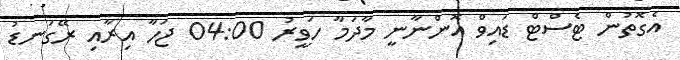
އެގޮތުން ޓެސްޓް ޑައިވް އޮންނާނީ މާދަމާ ހަވީރު 04:00 ޖަހާ އިރާއި ރޭގަނޑު